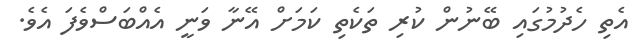
އެތި ހެދުމުގައި ބޭނުން ކުރި ތަކެތި ކަމަށް އޭނާ ވަނީ އެއްބަސްވެފަ އެވެ.